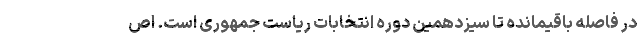
در فاصله باقیمانده تا سیزدهمین دوره انتخابات ریاست جمهوری است. اص